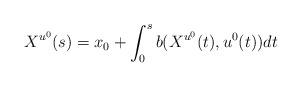
LaTeX: \begin{align*} X^{u^0}(s)=x_0+\displaystyle\int_0^{s}b(X^{u^0}(t),u^0(t))dt \end{align*}